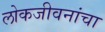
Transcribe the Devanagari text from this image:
लोकजीवनांचा